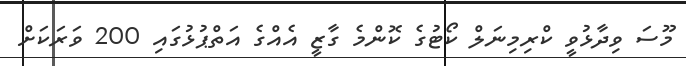
މޫސަ ވިދާޅުވީ ކްރިމިނަލް ކޯޓުގެ ކޮންމެ ގާޒީ އެއްގެ އަތްޕުޅުގައި 200 ވަރަކަށް